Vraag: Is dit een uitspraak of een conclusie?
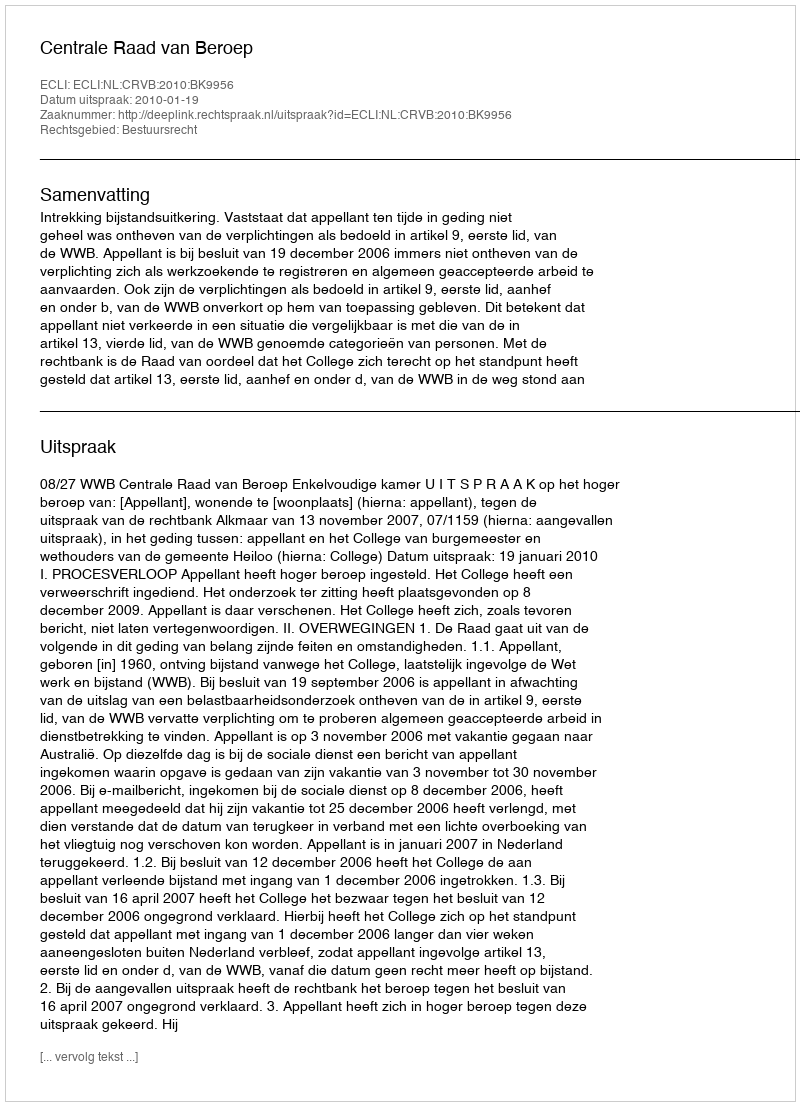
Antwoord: Uitspraak